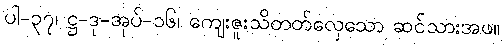
ပါ-၃၇၊ ဋ္ဌ-ဒု-အုပ်-၁၆၊ ကျေးဇူးသိတတ်လှေသော ဆင်သားအဖ။